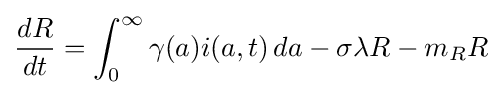
{\frac {dR}{dt}}=\int _{0}^{\infty }\gamma (a)i(a,t)\,da-\sigma \lambda R-m_{R}R